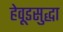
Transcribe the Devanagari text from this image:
हेवूडसुद्धा